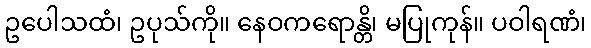
ဥပေါသထံ၊ ဥပုသ်ကို။ နေဝကရောန္တိ၊ မပြုကုန်။ ပဝါရဏံ၊